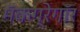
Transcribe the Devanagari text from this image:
मॅकग्रेगॉर